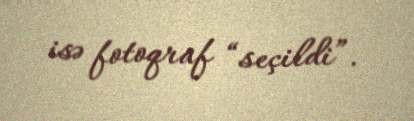
isə fotoqraf “seçildi”.